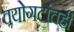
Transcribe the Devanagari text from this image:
वयोगटांतही